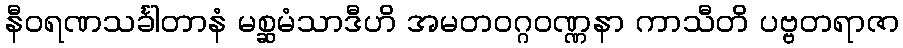
နီဝရဏသင်္ခါတာနံ မစ္ဆမံသာဒီဟိ အမတဝဂ္ဂဝဏ္ဏနာ ကာသီတိ ပဗ္ဗတရာဇာ